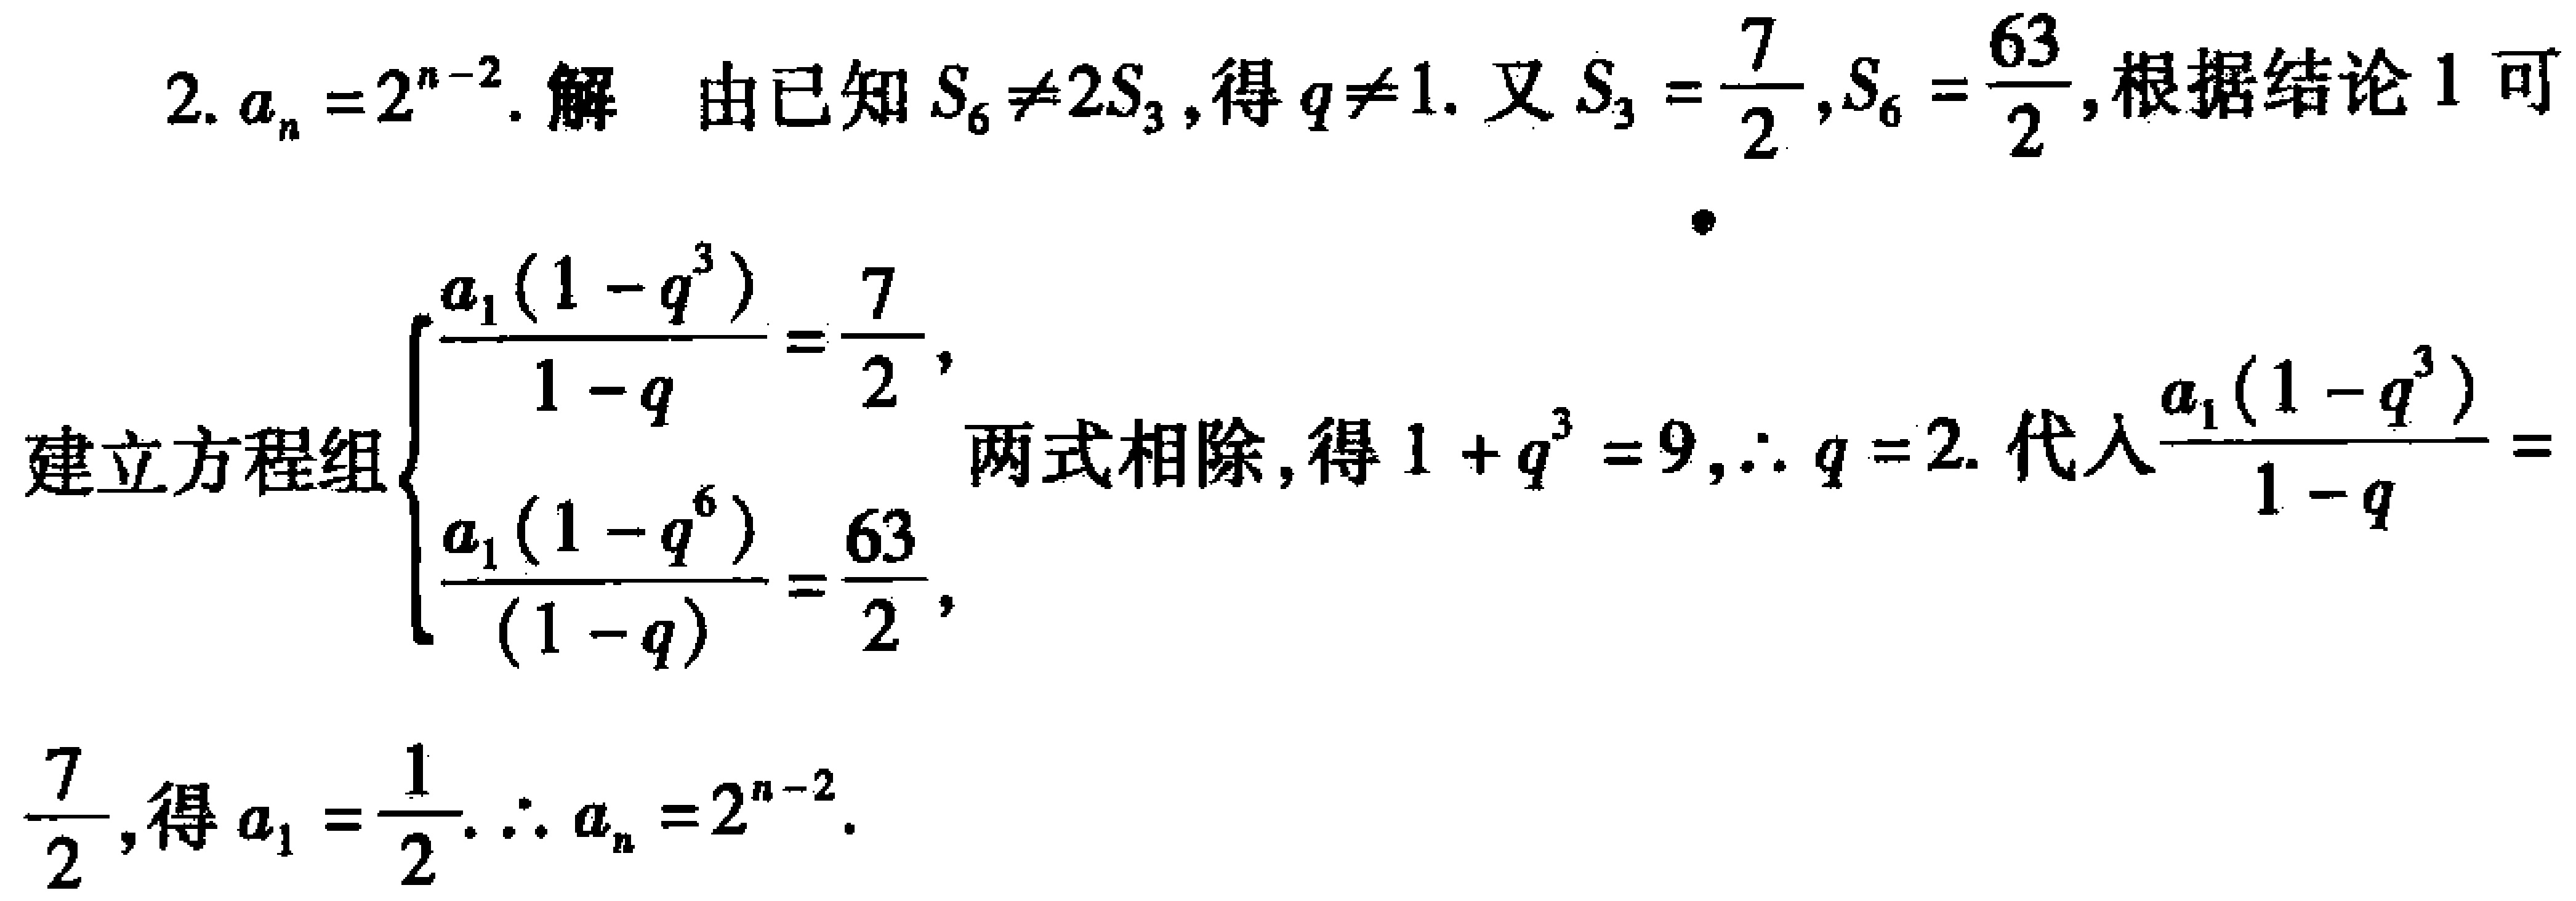
2. \(a_{n}=2^{n - 2}\). 解 由已知 \(S_{6}\neq2S_{3}\), 得 \(q\neq1\). 又 \(S_{3}=\frac{7}{2},S_{6}=\frac{63}{2}\), 根据结论 1 可

建立方程组\(\begin{cases}\frac{a_{1}(1 - q^{3})}{1 - q}=\frac{7}{2},\\\frac{a_{1}(1 - q^{6})}{(1 - q)}=\frac{63}{2},\end{cases}\)两式相除, 得 \(1 + q^{3}=9,\therefore q = 2\). 代入\(\frac{a_{1}(1 - q^{3})}{1 - q}=\frac{7}{2}\), 得 \(a_{1}=\frac{1}{2}.\therefore a_{n}=2^{n - 2}\).